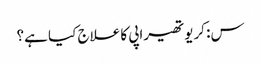
س: کریوتھیراپی کا علاج کیا ہے؟